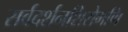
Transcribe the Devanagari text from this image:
सर्वदर्शनशिरोमणि